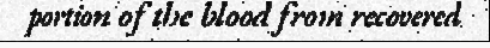
portion of the blood from recovered